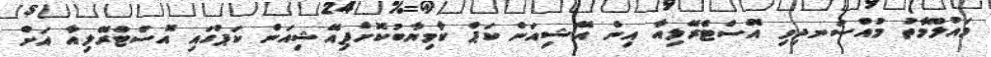
މައުލޫމާތު މުއްސަނދިވި އޮސްޓްރޭލިއާ އިން އޭޝިއަން ކަޕް ކާމިޔާބުކޮށްފިއޭޝިއަން ކަޕުގައި އޮސްޓްރޭލިއާ އަށް